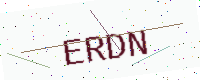
Text: ERDN